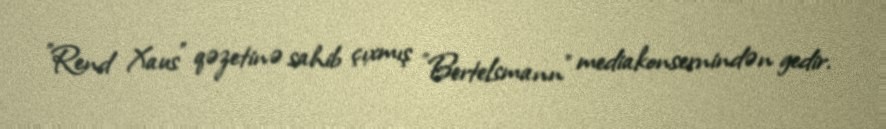
"Rend Xaus" qəzetinə sahib çıxmış "Bertelsmann" mediakonsernindən gedir.